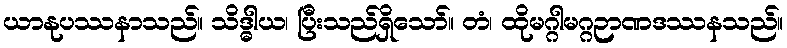
ယာနုပဿနာသည်။ သိဒ္ဓါယ၊ ပြီးသည်ရှိသော်။ တံ၊ ထိုမဂ္ဂါမဂ္ဂဉာဏဒဿနသည်။